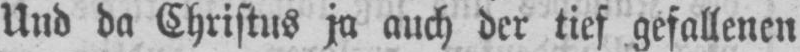
Und da Christus ja auch der tief gefallenen